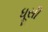
ધૂસી